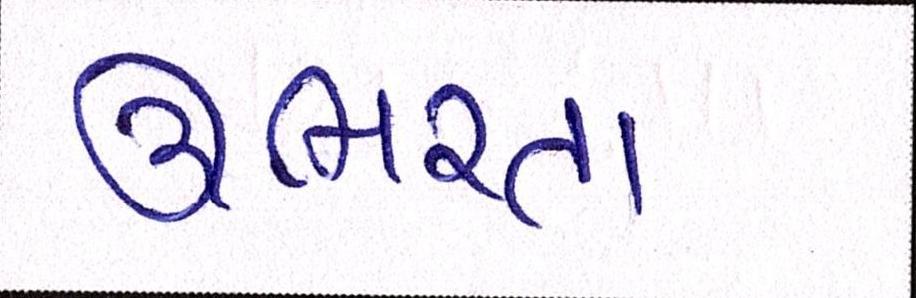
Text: ઊભરતા